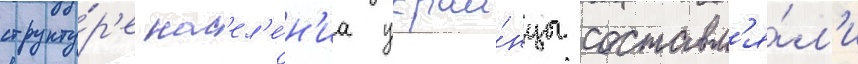
структу́р'е нас'ел'е́н'иа украи́нцы составл'я́л'и